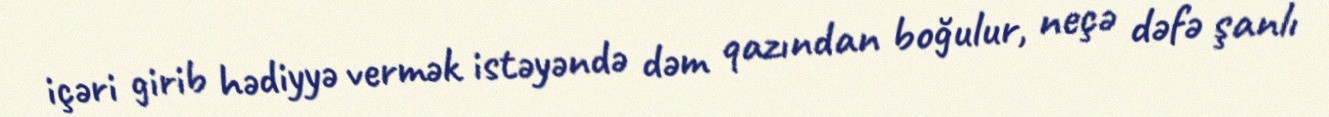
içəri girib hədiyyə vermək istəyəndə dəm qazından boğulur, neçə dəfə şanlı